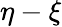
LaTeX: \eta-\xi